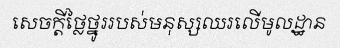
សេចក្តីថ្លៃថ្នូររបស់មនុស្សឈរលើមូលដ្ឋាន